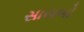
સાયબો